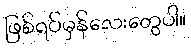
ဖြစ်ရပ်မှန်လေးတွေပါ။